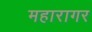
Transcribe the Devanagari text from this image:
महारागर